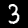
Label: 3